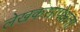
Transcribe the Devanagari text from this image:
लेखकसापेक्षता